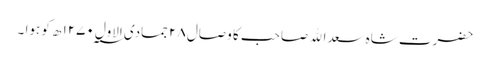
حضرت شاہ سعداﷲ صاحب کا وصال ۲۸ جمادی الاول ۱۲۷۰؁ ھ کو ہوا ۔